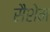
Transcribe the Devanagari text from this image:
सैशेम